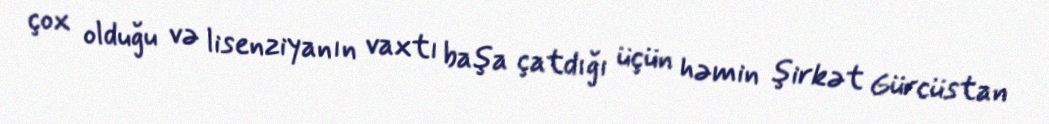
çox olduğu və lisenziyanın vaxtı başa çatdığı üçün həmin şirkət Gürcüstan